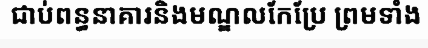
ជាប់ពន្ធនាគារនិងមណ្ឌលកែប្រែ ព្រមទាំង